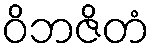
ဝိဘဇိတံ